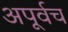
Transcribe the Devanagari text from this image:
अपूर्वच